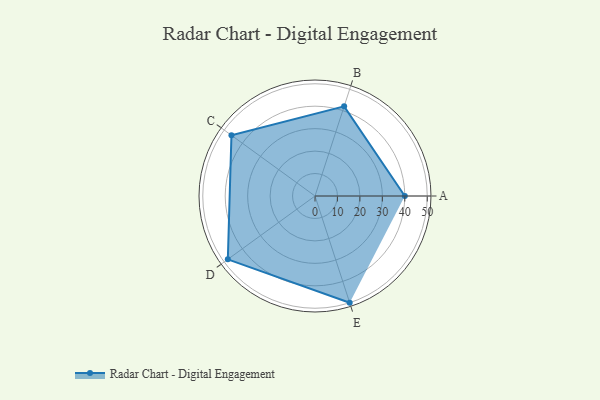
{"axis": {"x": "Skill", "y": "Score"}, "legend": ["Profile"], "data": [{"x": "A", "y": 40.0, "type": "Profile"}, {"x": "B", "y": 42.0, "type": "Profile"}, {"x": "C", "y": 46.0, "type": "Profile"}, {"x": "D", "y": 48.0, "type": "Profile"}, {"x": "E", "y": 50.0, "type": "Profile"}]}